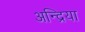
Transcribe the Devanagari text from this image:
अन्द्रिया